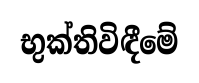
භුක්තිවිඳීමේ